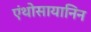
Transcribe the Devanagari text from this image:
एंथोसायानिन